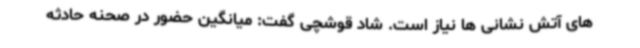
های آتش نشانی ها نیاز است. شاد قوشچی گفت: میانگین حضور در صحنه حادثه